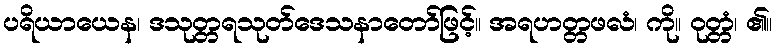
ပရိယာယေန၊ ဒသုတ္တရသုတ်ဒေသနာတော်ဖြင့်။ အရဟတ္တဖလံ၊ ကို။ ဝုတ္တံ၊ ၏။